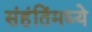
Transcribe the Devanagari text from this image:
संहंतिंमध्ये